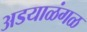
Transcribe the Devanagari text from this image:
अडयाळंगळ